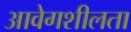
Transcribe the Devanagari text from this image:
आवेगशीलता